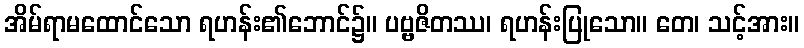
အိမ်ရာမထောင်သော ရဟန်း၏ဘောင်၌။ ပဗ္ဗဇိတဿ၊ ရဟန်းပြုသော။ တေ၊ သင့်အား။